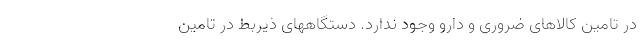
در تامین کالاهای ضروری و دارو وجود ندارد. دستگاههای ذیربط در تامین